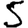
Digit: 5